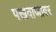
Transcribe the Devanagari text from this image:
पखवाजावर